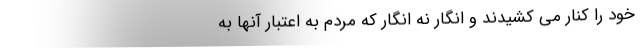
خود را کنار می کشیدند و انگار نه انگار که مردم به اعتبار آنها به